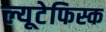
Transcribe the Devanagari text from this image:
ल्यूटेफिस्क